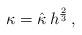
LaTeX: \begin{align*} \kappa= \hat \kappa \, h^\frac 23\,,\end{align*}